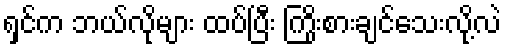
ရှင်က ဘယ်လိုများ ထပ်ပြီး ကြိုးစားချင်သေးလို့လဲ